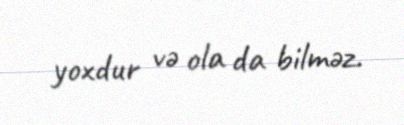
yoxdur və ola da bilməz.